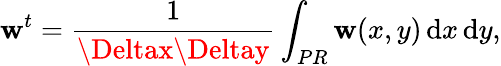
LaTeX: \mathbf{w}^{t}=\frac{{1}}{{\Deltax\Deltay}}\int_{PR}\mathbf{w}(x,y)\, \mathrm{{d}}x\, \mathrm{{d}}y,